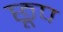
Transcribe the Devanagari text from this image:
छूप